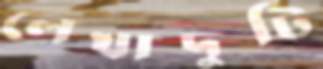
লেখাদুটি